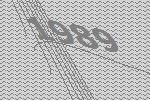
1989